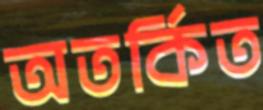
অতর্কিত